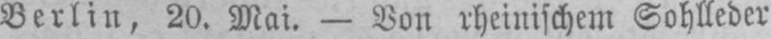
Berlin, 20. Mai. - Von rheinischem Sohlleder